Report on the Civil Veterinary Department, Eastern Bengal and Assam - 1907-1911
Year: 1907
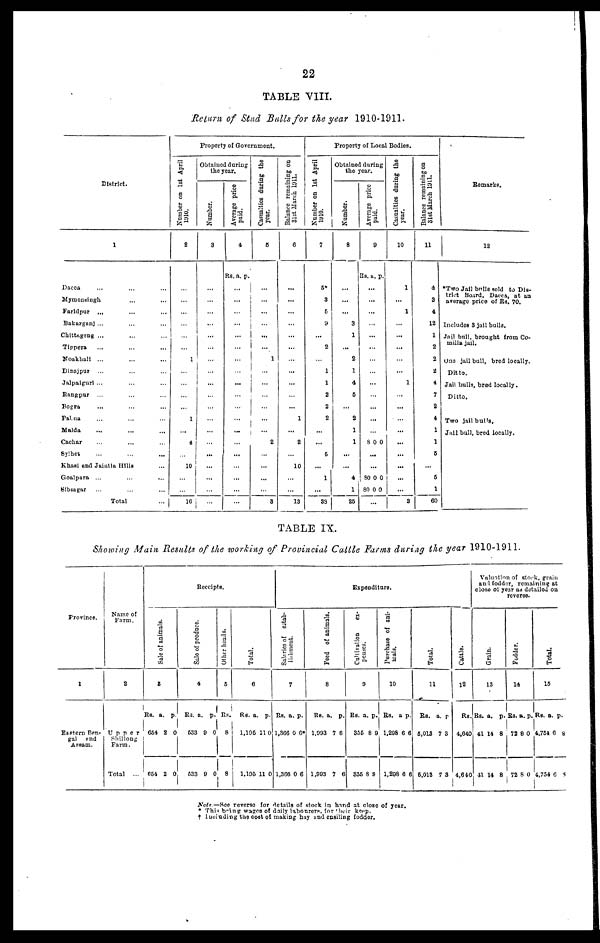
22
TABLE VIII.
Return of Stud Bulls for the year 1910-1911.
District.
1
Dacca ... ... ...
Mymensingh ... ...
Faridpur ... ...
Bakarganj ... ... ...
Chittagong ... ... ...
Tippera ... ... ...
Noakhali ... ... ...
Dinajpur ... ... ...
Jalpaiguri ... ... ...
Rangpur ... ... ...
Bogra ... ... ...
Pabna ... ... ...
Malda ... ... ...
Cachar ... ... ...
Sylhet ... ... ...
Khasi and Jaintia Hills ...
Goalpara ... ... ...
Sibsagar ... ... ...
Total
Number on 1st April
1910.
2
...
...
...
...
...
...
1
...
...
...
...
1
...
4
...
10
...
...
10
Property of Government.
Obtained during
the year.
Number.
3
...
...
...
...
...
...
...
...
...
...
...
...
...
...
...
...
...
...
...
Average price
paid.
4
Rs. a. p.
...
...
...
...
...
...
...
...
...
...
...
...
...
...
...
...
...
...
...
Casualties during the
year.
5
...
...
...
...
...
...
1
...
...
...
...
...
...
2
...
...
...
...
8
Balance remaining on
31st March 1911.
6
...
...
...
...
...
...
...
...
...
...
...
1
...
2
...
10
...
...
13
Number on 1st April
1910.
7
5*
3
5
9
...
2
...
1
1
2
2
2
...
...
6
...
1
...
39
Property of Local Bodies.
Obtained during
the year.
Number.
8
...
...
...
3
1
...
2
1
4
5
...
2
1
1
...
...
4
1
25
Average price
paid.
9
Rs. a. p.
...
...
...
...
...
...
...
...
...
...
...
...
...
800
...
...
80 0 0
80 0 0
...
Casualties during the
year.
10
1
...
1
...
...
...
...
...
1
...
...
...
...
...
...
...
...
...
3
Balance remaining on
31st
March 1911.
11
4
3
4
12
1
2
2
2
4
7
2
4
1
1
5
...
6
1
60
Remarks.
12
*Two Jnil bulls sold to Dis-
trict Board, Dacca, at an
average price of Rs. 70.
Includes 3 jail bulls.
Jail bull, brought from Co-
milla jail.
One jail bull, bred locally.
Ditto.
Jail bulls, bred locally.
Ditto.
Two jail bulls,
Jail bull, bred locally.
TABLE IX.
Showing Main Results of the working of Provincial Cattle Farms during the year 1910-1911.
Province.
1
Eastern Ben-
gal and
Assam.
Name of
Farm,
2
Upper
Shillong
Farm.
Total ...
Sale of animals.
3
Rs. a. p.
654 2 0
064 2 0
Receipts.
Sale of produce.
4
Rs. a. p.
533 9 0
533 9 0
Other heads.
5
Rs.
8
8
Total.
6
Rs. a. p.
1,195 11 0
1,195 11 0
Salaries of estab-
7
Rs. a. p.
1,366 0 6*
1,306 0 6
Feed of animals.
8
KB. a. p.
1,993 7 6
1,903 7 6
Expenditure.
Cullivation
ex-
penses.
9
Rs. a. p.
3S6 8 9
856 8 8
Purchase of ani-
mals.
10
Rs. a p.
1,298 6 6
1,208 6 6
Total.
11
Rs. a. p.
6,013 7 3
5,013 7 3
Cattle.
12
Rs.
4,640
4,640
Valuation of stock, grain
an 1 fodder, remaining at
close of year as detailed on
Grain.
13
Rs. a. p.
41 14 8
41 14 8
reverse.
Fodder.
14
Rs. a. p.
72 8 0
72 8 0
Total.
15
Rs. a. p.
4,754 6 8
4,754 6 8
Note.—Sce reverse for details of stock in hand at close of year.
* This being wages of daily labourers. for their keep.
† Including the cost of making hay and ensiling fodder.